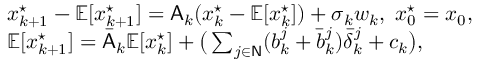
\begin{array} { r l } & { x _ { k + 1 } ^ { \star } - \mathbb { E } [ x _ { k + 1 } ^ { \star } ] = \mathsf { A } _ { k } ( x _ { k } ^ { \star } - \mathbb { E } [ x _ { k } ^ { \star } ] ) + \sigma _ { k } w _ { k } , ~ x _ { 0 } ^ { \star } = x _ { 0 } , } \\ & { \mathbb { E } [ x _ { k + 1 } ^ { \star } ] = \bar { \mathsf { A } } _ { k } \mathbb { E } [ x _ { k } ^ { \star } ] + \big ( \sum _ { j \in \mathsf { N } } ( b _ { k } ^ { j } + \bar { b } _ { k } ^ { j } ) \bar { \delta } _ { k } ^ { j } + c _ { k } \big ) , } \end{array}